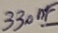
Text: 330nF